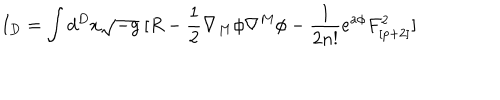
I _ { D } = \int d ^ { D } x \sqrt { - g } ~ [ R - { \frac { 1 } { 2 } } \nabla _ { M } \phi \nabla ^ { M } \phi - { \frac { 1 } { 2 n ! } } e ^ { a \phi } F _ { [ p + 2 ] } ^ { 2 } ]